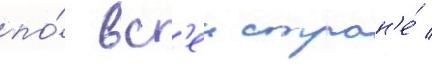
по́ вс'еи стран'е́ /